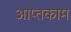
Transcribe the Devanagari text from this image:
आप्तकाम